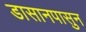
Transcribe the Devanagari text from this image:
डासानपासुन